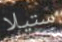
ستيلا